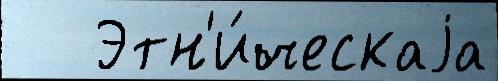
   Этн'и́ческаjа